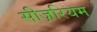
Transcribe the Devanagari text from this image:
सीज़रियम